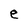
Character: e